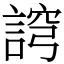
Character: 䛪